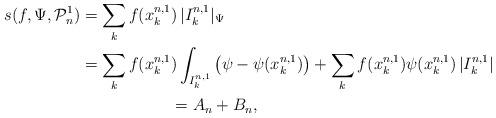
LaTeX: \begin{align*} s(f,\Psi, {\mathcal P}_n^1)= \sum_{k} f(x_k^{n,1}&)\,|I_k^{n,1}|_\Psi \\=\sum_{k} f(x_k^{n,1}&)\int_{I_k^{n,1}}\big(\psi-\psi(x_k^{n,1})\big) +\sum_{k} f(x_k^{n,1}) \psi(x_k^{n,1})\,|I_k^{n,1}| \\&=A_n+B_n,\end{align*}